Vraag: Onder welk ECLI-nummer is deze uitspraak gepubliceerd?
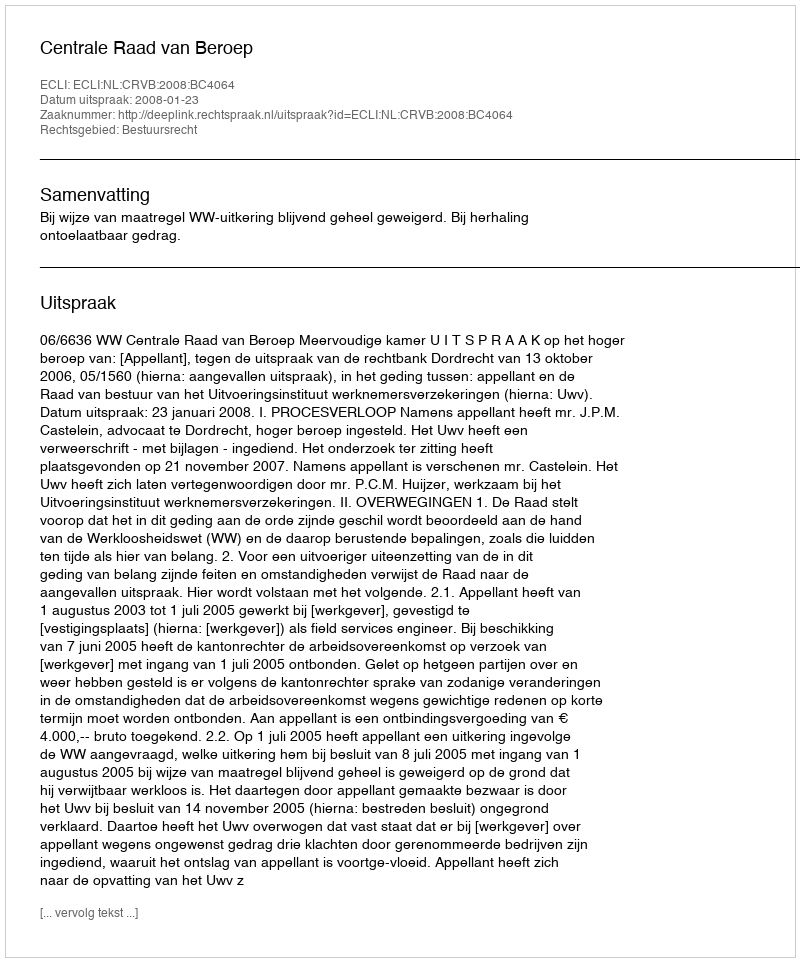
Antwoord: ECLI:NL:CRVB:2008:BC4064